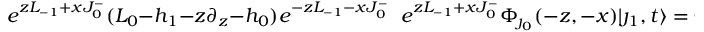
e ^ { z L _ { - 1 } + x J _ { 0 } ^ { - } } ( L _ { 0 } - h _ { 1 } - z \partial _ { z } - h _ { 0 } ) e ^ { - z L _ { - 1 } - x J _ { 0 } ^ { - } } \; \; e ^ { z L _ { - 1 } + x J _ { 0 } ^ { - } } \Phi _ { \jmath _ { 0 } } ( - z , - x ) | \jmath _ { 1 } , t \rangle = 0